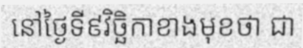
នៅថ្ងៃទី៩វិច្ឆិកាខាងមុខថា ជា